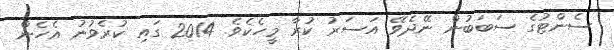
ސެންޓުގެ ސަބަބުން ނޭދެވޭ އަސަރު ކުރާ މީހެކެވެ. 2014 ގައި ކުރެވުނު އެހެން